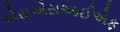
એસએસઆઈએફ